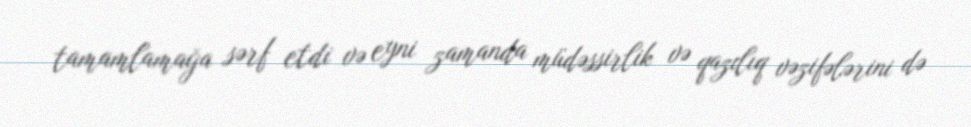
tamamlamağa sərf etdi və eyni zamanda müdəssirlik və qazılıq vəzifələrini də